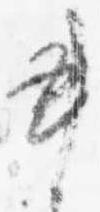
書